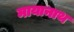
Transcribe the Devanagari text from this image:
मायानाथ